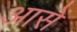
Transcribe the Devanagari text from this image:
आसें